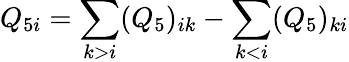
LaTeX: Q_{5i}=\sum_{k>i}(Q_{5})_{ik}-\sum_{k<i}(Q_{5})_{ki}